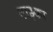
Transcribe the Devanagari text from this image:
नाझ्का